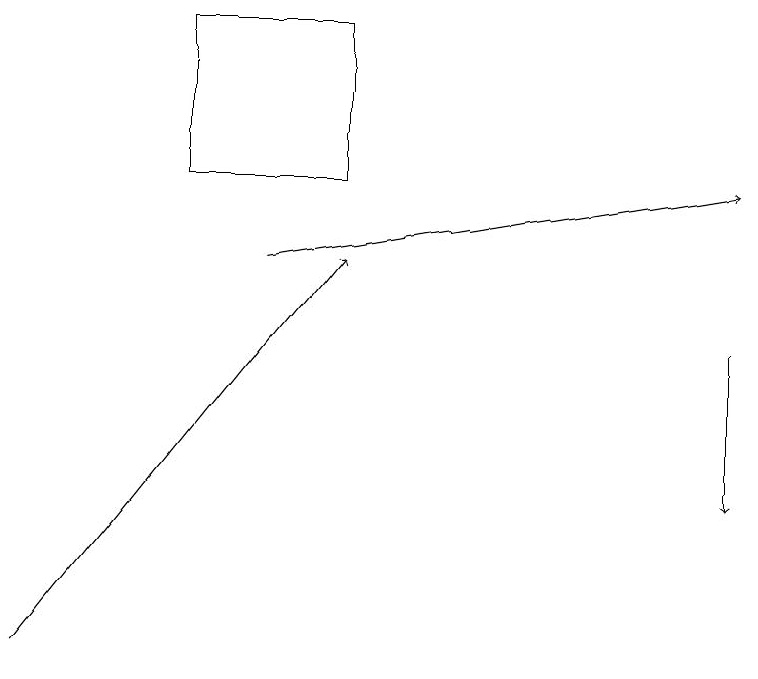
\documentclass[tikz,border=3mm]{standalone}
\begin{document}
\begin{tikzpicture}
\draw[->] (3,15) -- (9,16);
\draw[->] (0,10) -- (4,15);
\draw[->] (9,14) -- (9,12);
\draw (2,18) rectangle (4,16);
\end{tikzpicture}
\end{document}